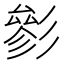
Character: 𱝦